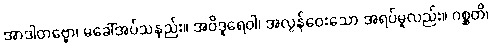
အာဒါတဗ္ဗော၊ မခေါ်အပ်သနည်း။ အဝိဒူရေဝါ၊ အလွန်ဝေးသော အရပ်မူလည်း။ ဂစ္ဆတိ၊